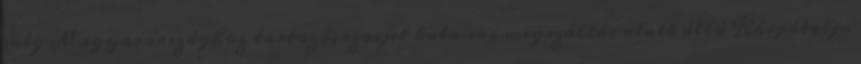
még Magyarországhoz tartozó, szovjet katonai megszállás alatt álló Kárpátalja